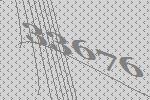
33676